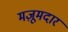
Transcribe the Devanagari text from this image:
मज़ूमदार